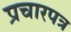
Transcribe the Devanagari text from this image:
प्रचारपत्र